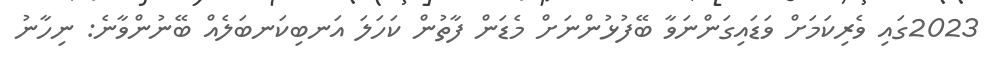
2023ގައި ވެރިކަމަށް ވަޑައިގަންނަވާ ބޭފުޅުންނަށް މެޑަން ފާތުން ކަހަލަ އަނބިކަނބަލެއް ބޭނުންވާނެ: ނިހާނު